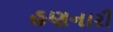
હણનારી